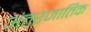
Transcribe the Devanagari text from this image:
अंतरजातिक